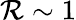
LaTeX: \mathcal{R}\sim1